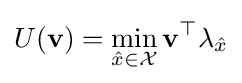
U(\mathbf {v} )=\min _{{\hat {x}}\in {\mathcal {X}}}\mathbf {v} ^{\top }\lambda _{\hat {x}}